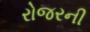
રોજરની